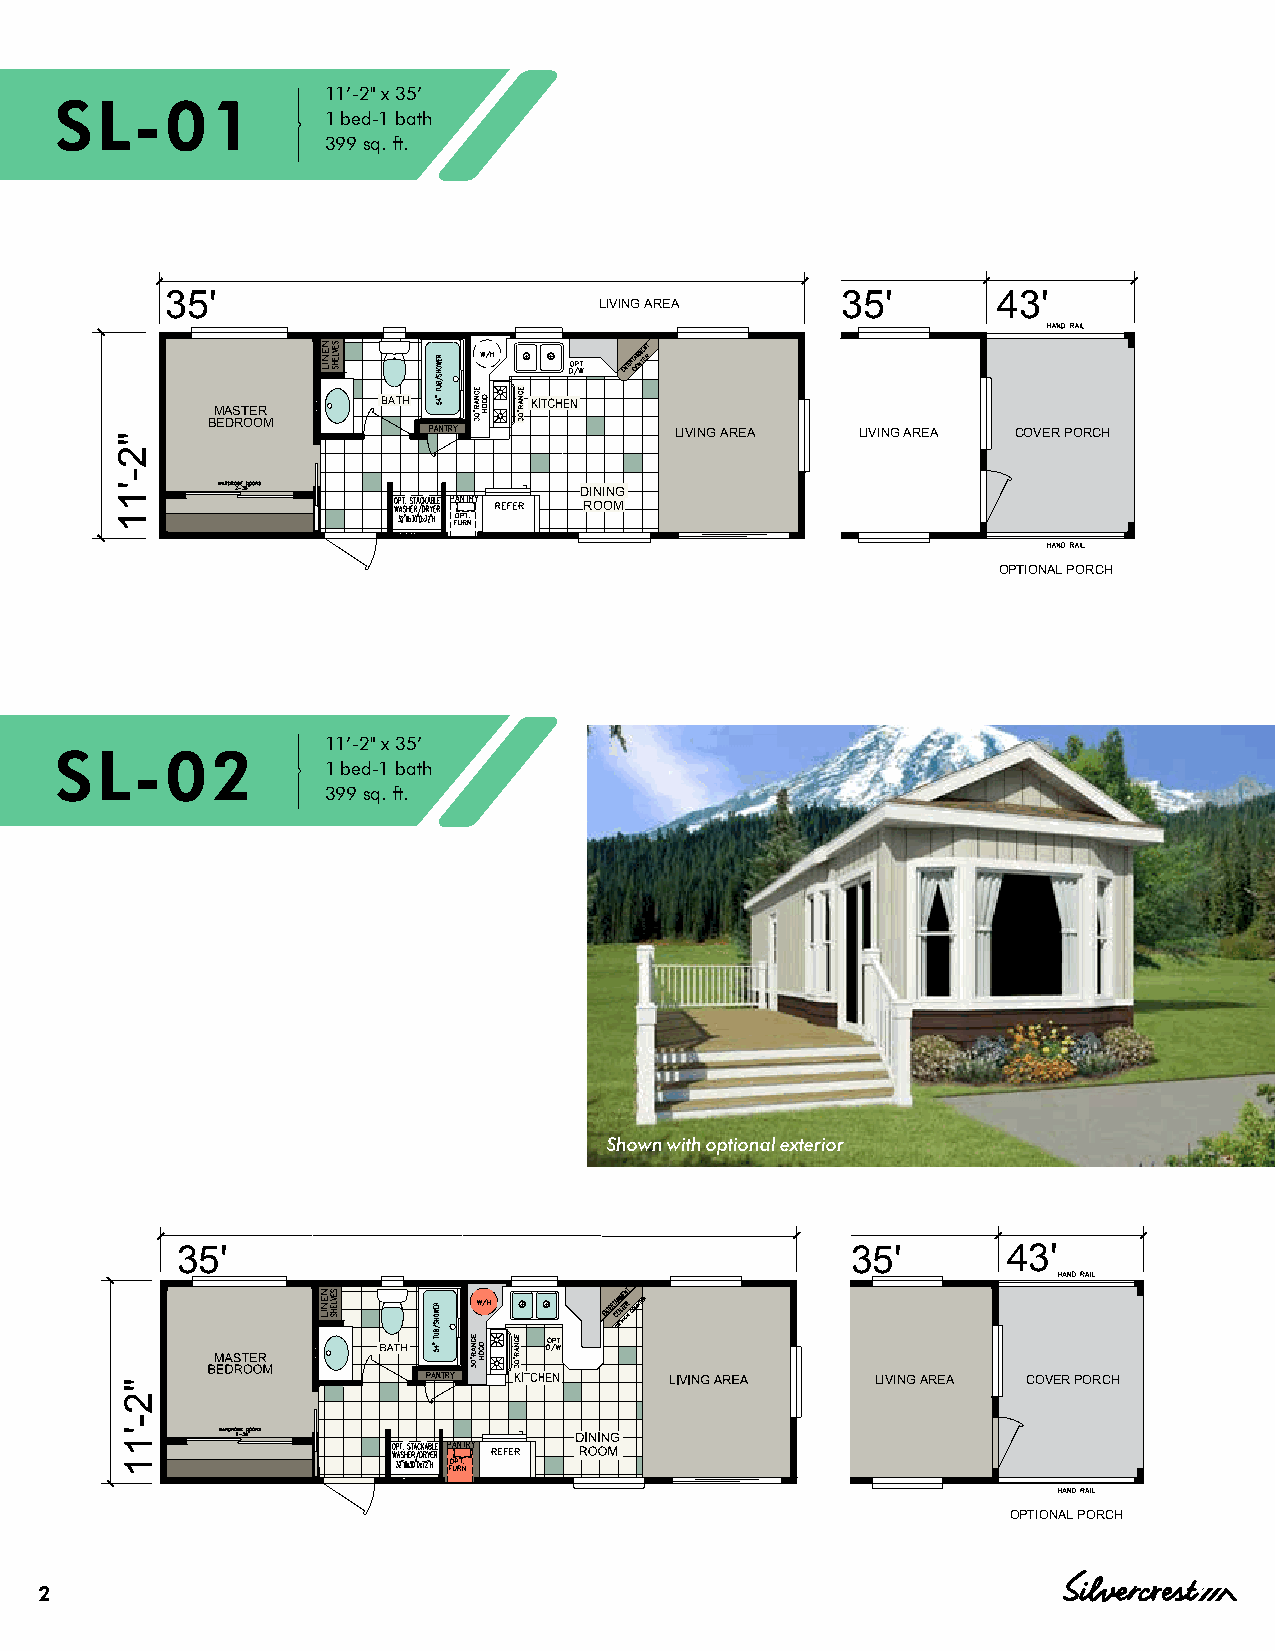
11’-2" x 35’
 SL-01
 1 bed-1 bath
 399 sq. ft.
 35'                                          35'       43'
 LIVING AREA
 BATH
 MASTER
 BEDROOM
 LIVING AREA LIVING AREA COVER PORCH
 DINING
 ROOM
 OPTIONAL PORCH
 11’-2" x 35’
 SL-02
 1 bed-1 bath
 399 sq. ft.
 Shown with optional exterior
 35'                                         35'        43'
 LIVING AREA COVER PORCH
 OPTIONAL PORCH
 2
 "2-'11
 "2-'11